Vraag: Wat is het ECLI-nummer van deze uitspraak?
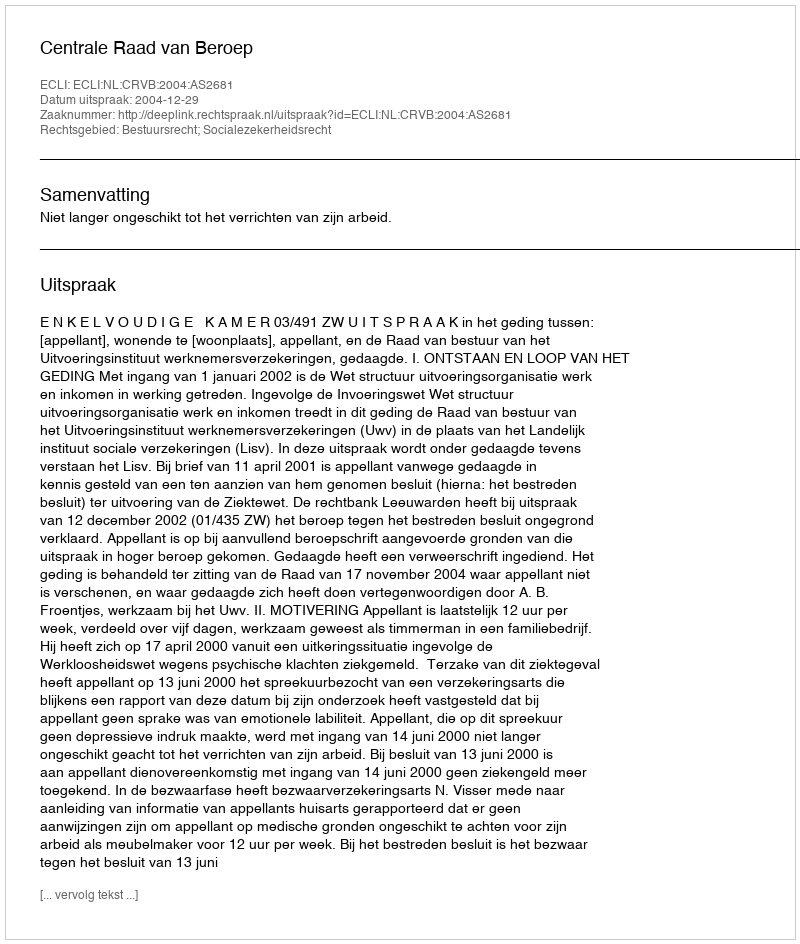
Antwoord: ECLI:NL:CRVB:2004:AS2681